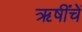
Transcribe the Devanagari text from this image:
ऋषींचें